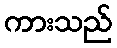
ကားသည်